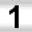
Digit: 1